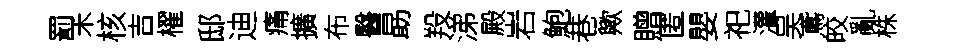
罰禾核吉櫂邸迪痛擴布醫勗羖涕殿岩鮑巷歟贈匿嬰祀灌吴鳶皎亂株